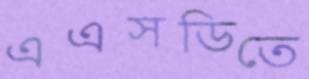
এএসডিতে